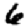
Digit: 6